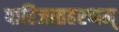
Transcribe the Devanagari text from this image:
पारिजातहरणम्